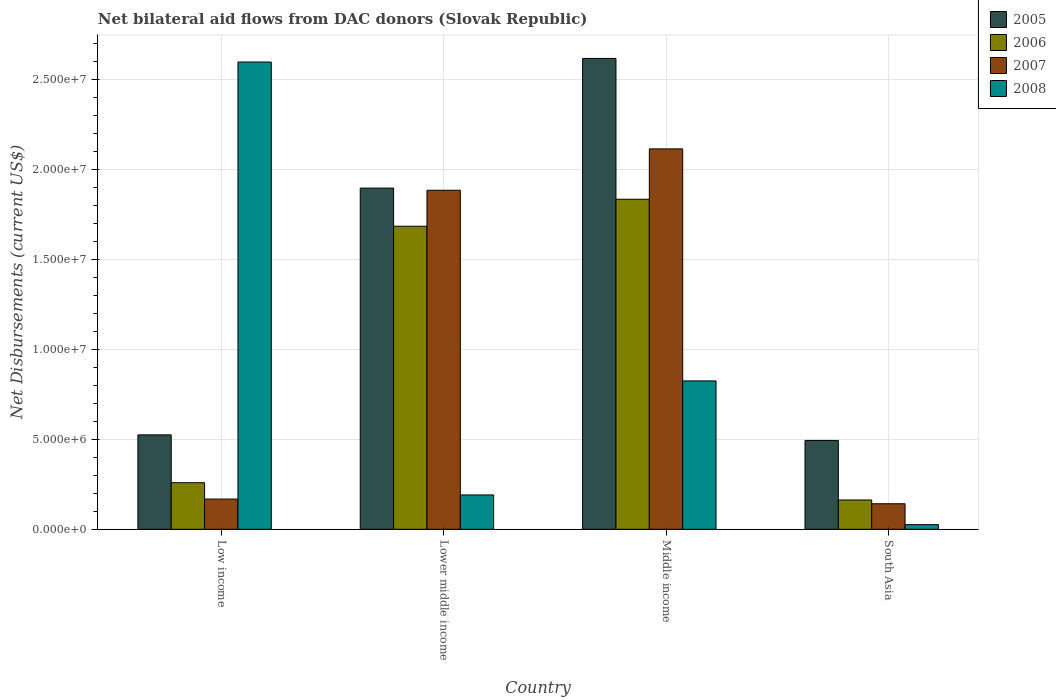
| Country | 2005 | 2006 | 2007 | 2008 |
 | --- | --- | --- | --- | --- |
 | Low income | 5.25e+06 | 2.59e+06 | 1.68e+06 | 2.6e+07 |
 | Lower middle income | 1.9e+07 | 1.68e+07 | 1.88e+07 | 1.91e+06 |
 | Middle income | 2.62e+07 | 1.84e+07 | 2.12e+07 | 8.25e+06 |
 | South Asia | 4.94e+06 | 1.63e+06 | 1.42e+06 | 2.6e+05 |